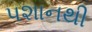
પશાનથી